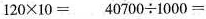
$$1 2 0 \times 1 0 =$$ $$4 0 7 0 0 \div 1 0 0 0 =$$